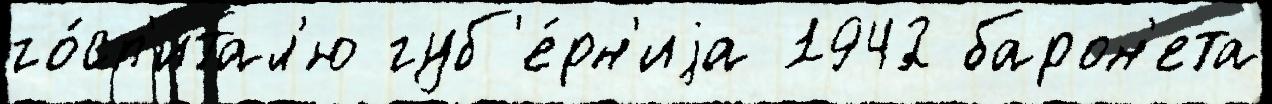
го́сп'итал'ю губ'е́рн'иjа 1942 барон'ета